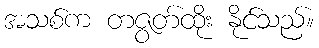
အသစ်က တဇွတ်ထိုး နိုင်သည်။